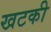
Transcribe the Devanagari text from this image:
खटकी